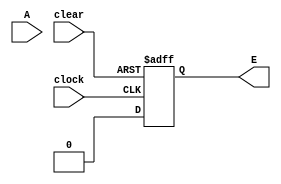
/*
 * Objective: 4 bits Shift Register
 * Description: Writing a verilog code for implementation of 4 bit Shift Register. Shift Register is a group of flip flops used to store multiple bits of data. The bits stored in such registers can be made to move within the registers and in/out of the registers by applying clock pulses. An n-bit shift register can be formed by connecting n flip-flops where each flip-flop stores a single bit of data.
 * Version: 1.0.01
 * Other files: Not required
 * Status: Ok
 */

module shiftreg_4bit (clock, clear, A, E);
    input clock, clear, A;
    output reg E;
    reg B, C, D;
    always @(posedge clock or negedge clear)
    begin
        if (!clear) begin B <= 0; C <= 0; D <= 0; E <= 0; end
        else
        begin
            E <= 0;
            D <= C;
            C <= B;
            B <= A;
        end
    end
endmodule


module shift_test;
    reg clk, clr, in;
    wire out;
    integer i;
    
    initial
        begin clk = 1'b0; #2 clr = 0; #5 clr = 1; end
    
    always #5 clk= ~clk;
    
    initial
    begin
        #2;
        repeat (2)
            begin #10 in = 0; #10 in = 1; #10 in = 1; end
    end
    
    initial
        begin
            $dumpfile ("shifter.vcd");
            $dumpvars (0, shift_test);
            #200 $finish;
        end
endmodule